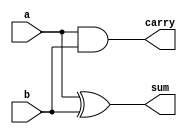
module halfadder_1(a,b,sum,carry);
  input a,b;
  output sum,carry;
  assign sum= a^b;
  assign carry= a&b;
endmodule